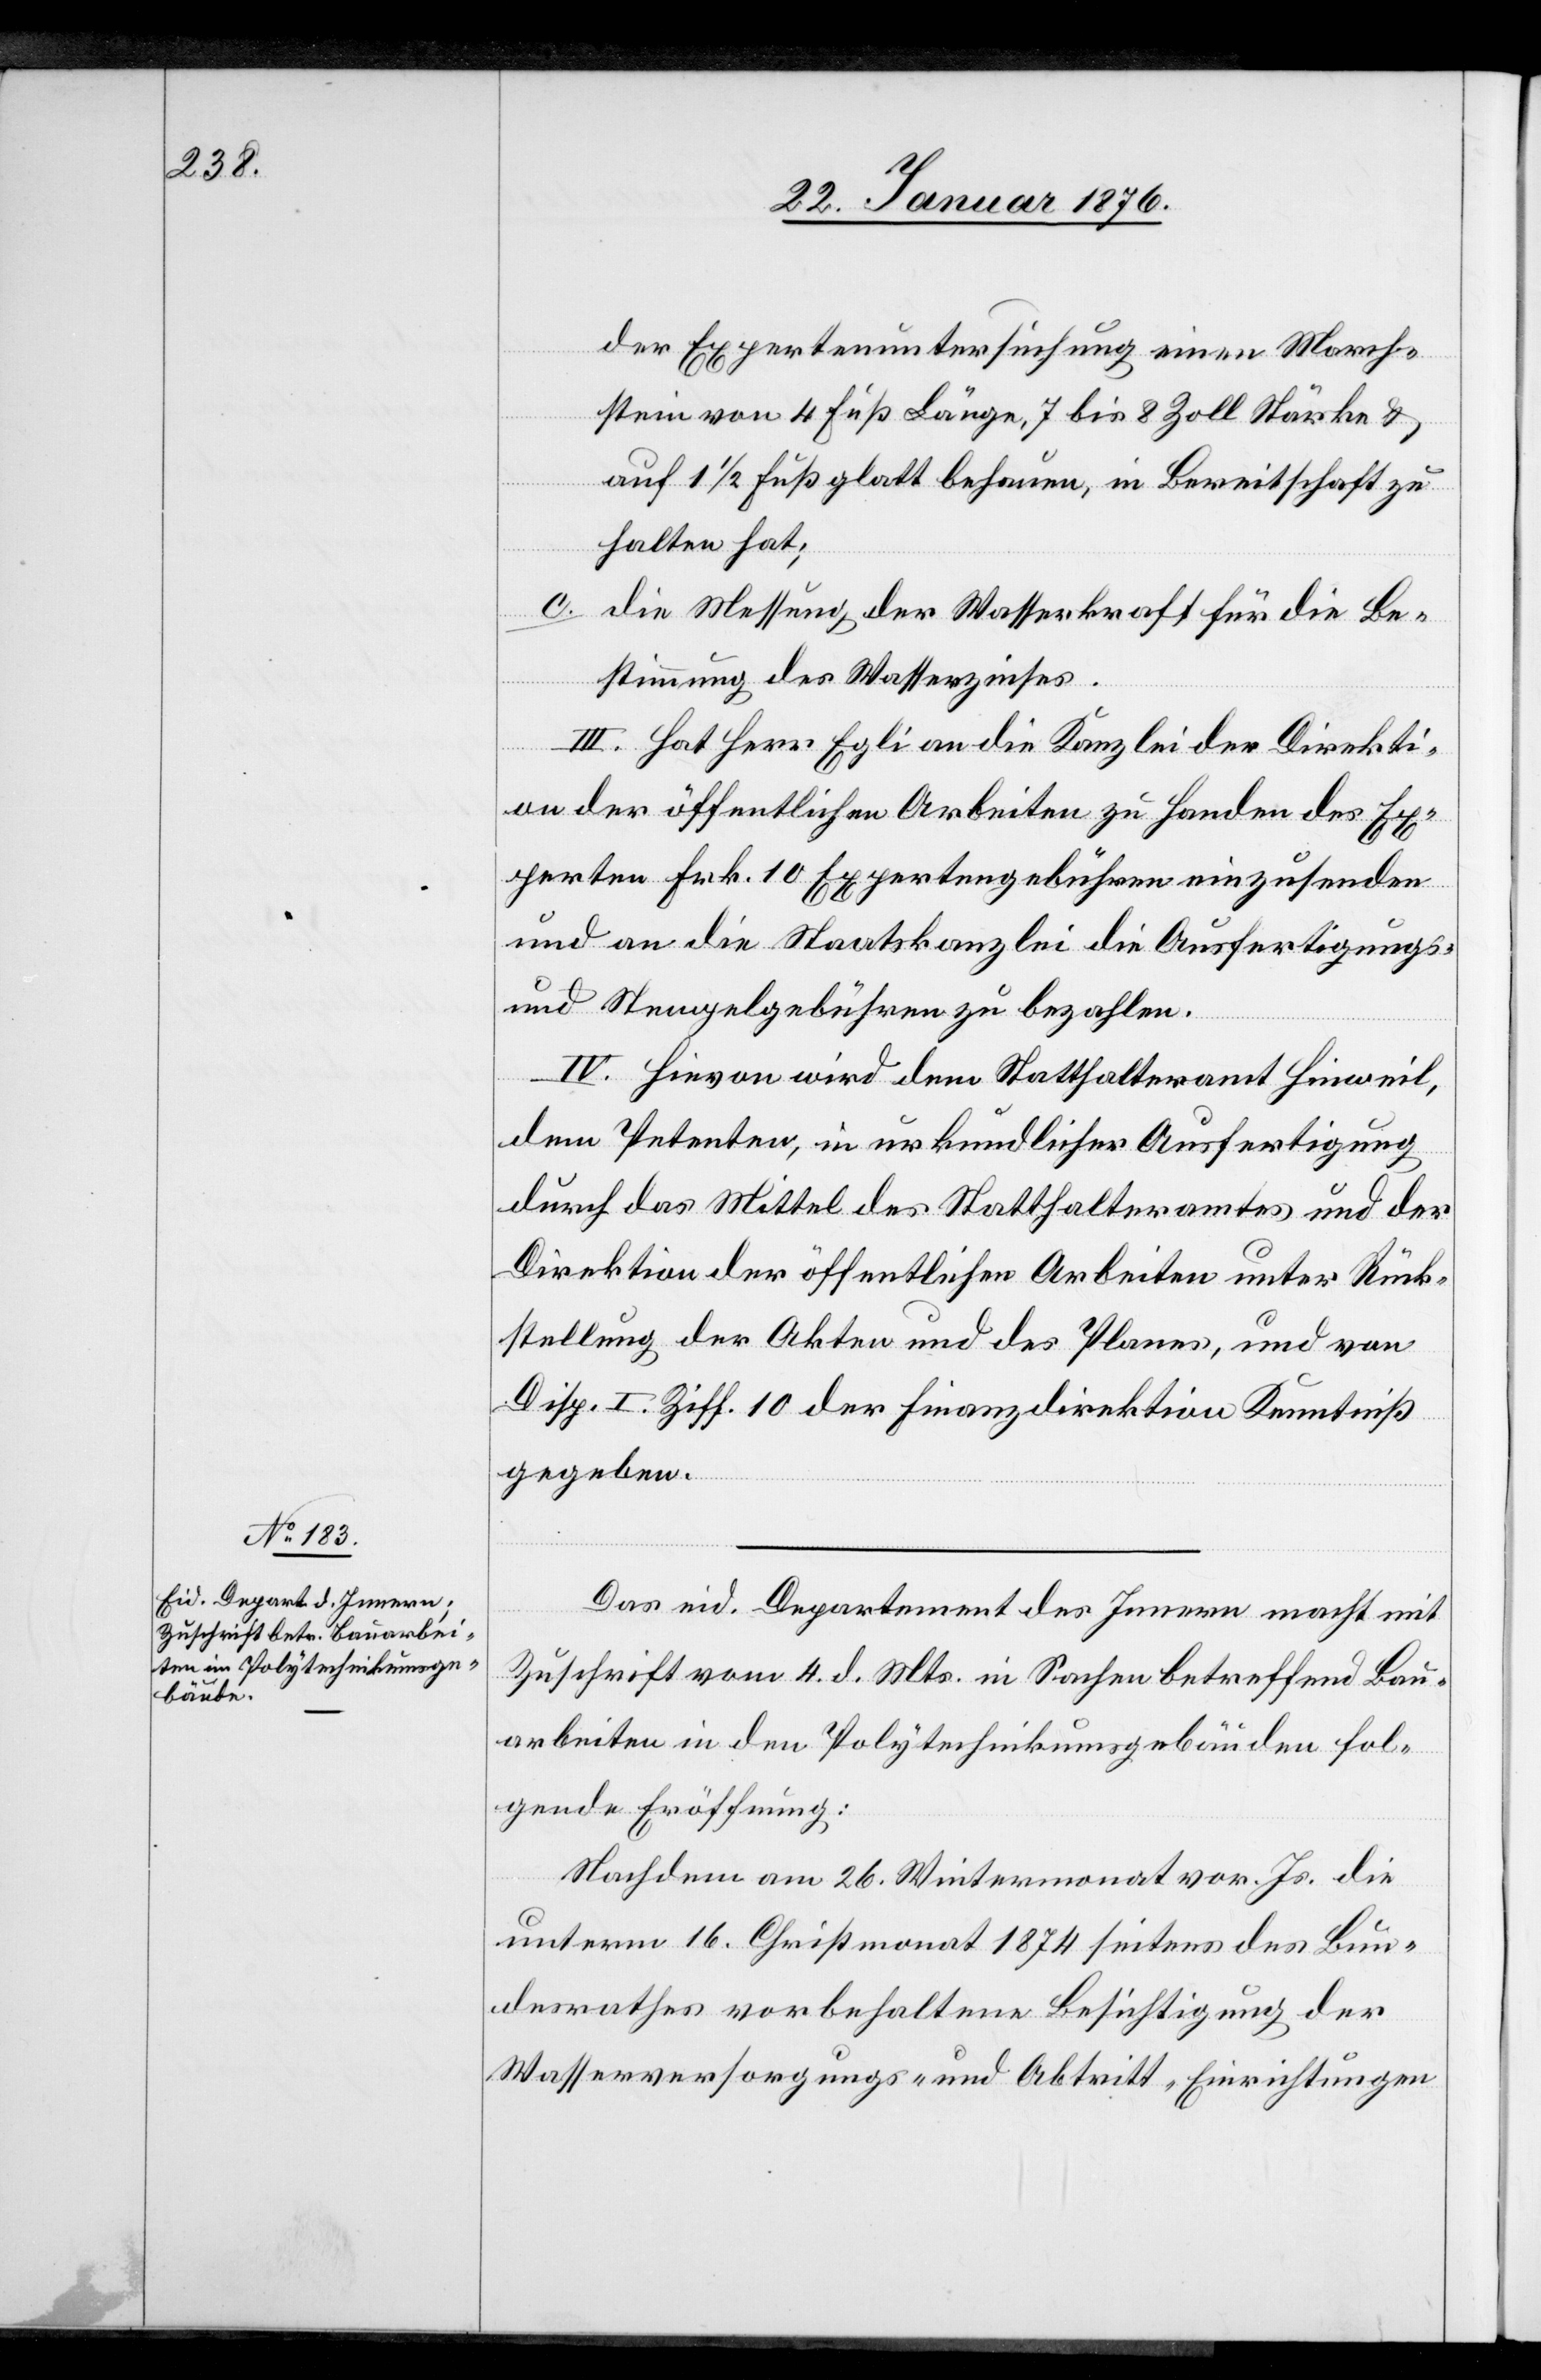
Handen

der Expertenuntersuchung einen March¬
n
stein von 4 Fuß Länge, 7 bis 8 Zoll Stärke u.
auf 1 1/2 Fuß glatt behauen, in Bereitschaft zu
halten hat;
c. die Messung der Wasserkraft für die Be¬
stimmung des Wasserzinses.
III. Hat Herr Egli an die Kanzlei der Direktio¬
Experten Frk. 10 Expertengebühren einzusenden
und an die Staatskanzlei die Ausfertigungs-
und Stempelgebühren zu bezahlen.
IV. Hievon wird dem Statthalteramt Hinweil,
dem Petenten, in urkundlicher Ausfertigung
durch das Mittel des Statthalteramtes und der
Direktion der öffentlichen Arbeiten unter Rück¬
stellung der Akten und des Planes, und von
Disp. I. Ziff. 10 der Finanzdirektion Kenntniß
gegeben.
Das eid. Departement des Innern macht mit
Zuschrift vom 4. d. Mts. in Sachen betreffend Bau¬
arbeiten in den Polytechnikumsgebäuden fol¬
gende Eröffnung:
Nachdem am 26. Wintermonat vor. Js. die
unterm 16. Christmonat 1874 seitens des Bun¬
desrathes vorbehaltene Besichtigung der
Wasserversorgungs- und Abtritt-Einrichtungen